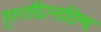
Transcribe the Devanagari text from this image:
गुरुरादिरनादिश्च